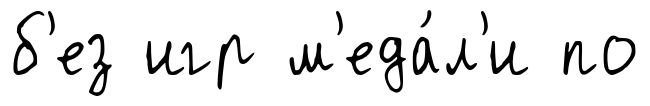
б'ез игр м'еда́л'и по